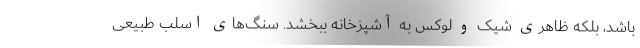
باشد، بلکه ظاهری شیک و لوکس به آشپزخانه ببخشد. سنگ‌های اسلب طبیعی